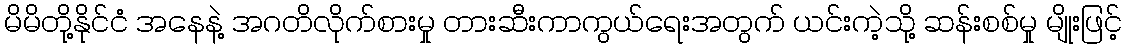
မိမိတို့နိုင်ငံ အနေနဲ့ အဂတိလိုက်စားမှု တားဆီးကာကွယ်ရေးအတွက် ယင်းကဲ့သို့ ဆန်းစစ်မှု မျိုးဖြင့်